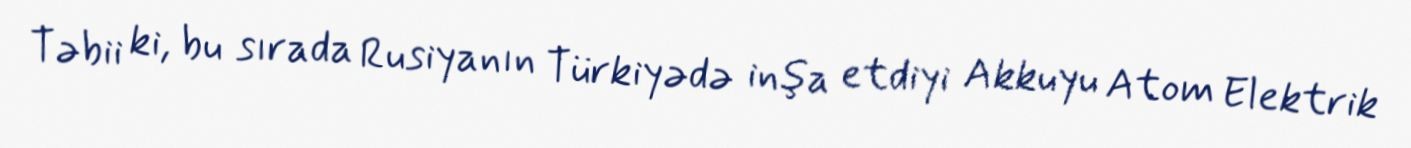
Təbii ki, bu sırada Rusiyanın Türkiyədə inşa etdiyi Akkuyu Atom Elektrik